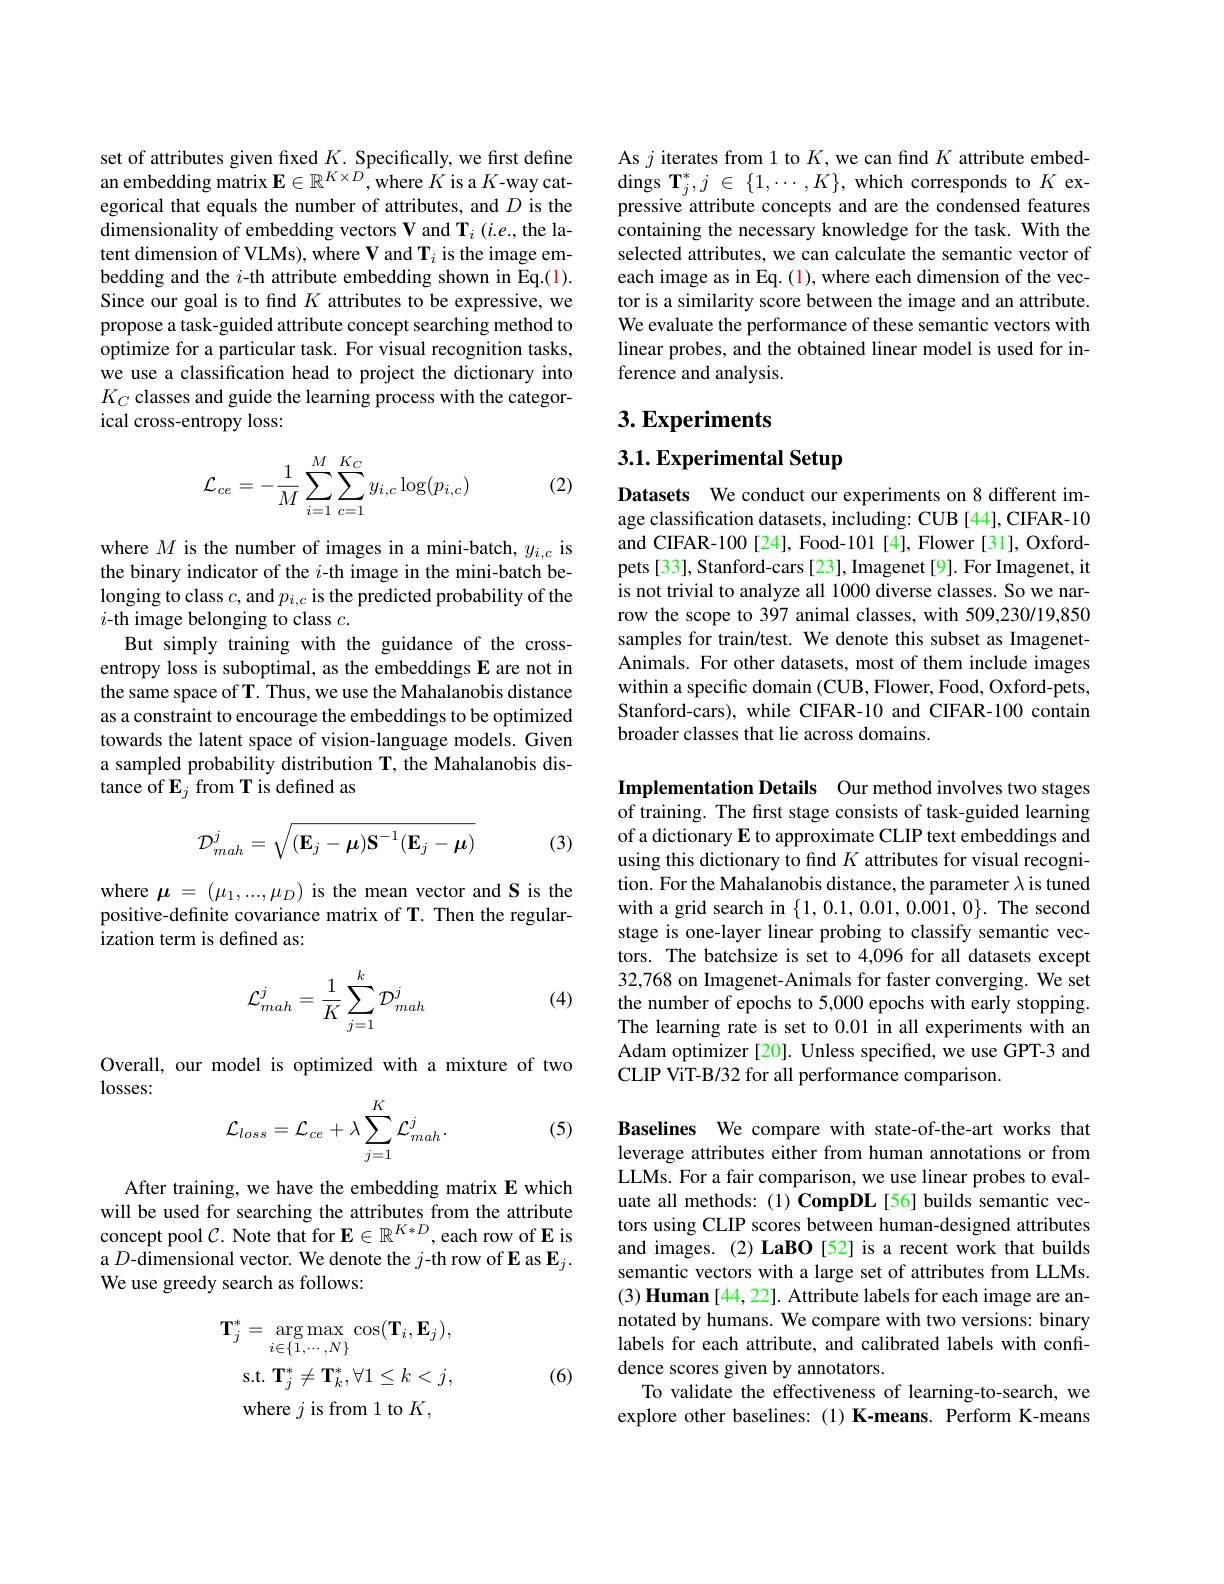
set of attributes given fixed $K.$ Specifically, we first define an embedding matrix $\mathbf{E}\in\mathbb{R}^{K\times D}$,where $K$ is a $K$-way categorical that equals the number of attributes, and $D$ is the dimensionality of embedding vectors V and T$_i$ (i.e., the latent dimension of VLMs), where V and T$_i$ is the image embedding and the $i$-th attribute embedding shown in Eq.(1). Since our goal is to find $K$ attributes to be expressive, we propose a task-guided attribute concept searching method to optimize for a particular task. For visual recognition tasks, we use a classification head to project the dictionary into $K_C$ classes and guide the learning process with the categorical cross-entropy loss:
$$\begin{aligned}\mathcal{L}_{ce}&=-\frac{1}{M}\sum_{i=1}^{M}\sum_{c=1}^{K_{C}}y_{i,c}\log(p_{i,c})\end{aligned}$$
(2)

where $M$ is the number of images in a mini-batch, $y_i,c$ is the binary indicator of the $i$-th image in the mini-batch belonging to class $c$, and $p_i,c$ is the predicted probability of the $i$-th image belonging to class $c.$
But simply training with the guidance of the crossentropy loss is suboptimal, as the embeddings E are not in the same space of T. Thus, we use the Mahalanobis distance as a constraint to encourage the embeddings to be optimized towards the latent space of vision-language models. Given a sampled probability distribution T, the Mahalanobis distance of $\mathbf{E}_j$ from T is defined as
$$\mathcal{D}_{mah}^j=\sqrt{(\mathbf{E}_j-\mu)\mathbf{S}^{-1}(\mathbf{E}_j-\mu)}$$
(3)

where $\boldsymbol\mu=(\mu_1,...,\mu_D)$ is the mean vector and S is the positive-definite covariance matrix of T. Then the regularization term is defined as:

(4)
$$\mathcal{L}_{mah}^j=\frac{1}{K}\sum_{j=1}^k\mathcal{D}_{mah}^j$$
Overall, our model is optimized with a mixture of two
$losses:$
$$\mathcal{L}_{loss}=\mathcal{L}_{ce}+\lambda\sum_{j=1}^{K}\mathcal{L}_{mah}^{j}.$$
(5)

After training, we have the embedding matrix E which will be used for searching the attributes from the attribute concept pool $\mathcal{C}.$ Note that for E$\in\mathbb{R}^K*D$, each row of E is a $D$-dimensional vector. We denote the $j$-th row of E as $\mathbf{E}_j.$ We use greedy search as follows:
$$\mathbf{T}_j^*=\underset{i\in\{1,\cdots,N\}}{\arg\max}\cos(\mathbf{T}_i,\mathbf{E}_j),$$
$$\mathbf{T}_{j}^{*}\neq\mathbf{T}_{k}^{*},\forall1\leq k<j$$
(6)

As $j$ iterates from l to $K$,we can find $K$ attribute embeddings $\mathbf{T}_j^*,j\in\{1,\cdots,K\}$, which corresponds to $K$ expressive attribute concepts and are the condensed features containing the necessary knowledge for the task. With the selected attributes, we can calculate the semantic vector of each image as in Eq. (1), where each dimension of the vector is a similarity score between the image and an attribute. We evaluate the performance of these semantic vectors with linear probes, and the obtained linear model is used for inference and analysis.

# 3. Experiments

3.1. Experimental Setup

Datasets We conduct our experiments on 8 different image classification datasets, including: CUB [44], CIFAR-10 and CIFAR-100[24], Food-101[4], Flower[31], Oxfordpets[33], Stanford-cars[23], Imagenet[9]. For Imagenet, it is not trivial to analyze all 1000 diverse classes. So we narrow the scope to 397 animal classes, with 509,230/19,850 samples for train/test. We denote this subset as ImagenetAnimals. For other datasets, most of them include images within a specific domain (CUB, Flower, Food, Oxford-pets, Stanford-cars), while CIFAR-10 and CIFAR-100 contain broader classes that lie across domains.

Implementation Details Our method involves two stages of training. The first stage consists of task-guided learning of a dictionary E to approximate CLIP text embeddings and using this dictionary to find $K$ attributes for visual recognition. For the Mahalanobis distance, the parameter $\lambda$ is tuned with a grid search in $\{1,0.1,0.01,0.001,0\}.$ The second stage is one-layer linear probing to classify semantic vectors. The batchsize is set to 4,096 for all datasets except 32,768 on Imagenet-Animals for faster converging. We set the number of epochs to 5,000 epochs with early stopping. The learning rate is set to 0.01 in all experiments with an Adam optimizer [20]. Unless specifed, we use GPT-3 and CLIP ViT-B/32 for all performance comparison.

Baselines We compare with state-of-the-art works that leverage attributes either from human annotations or from LLMs. For a fair comparison, we use linear probes to evaluate all methods: (1) CompDL[56] builds semantic vectors using CLIP scores between human-designed attributes and images. (2) LaBO [52] is a recent work that builds semantic vectors with a large set of attributes from LLMs. (3) Human [44, 22]. Attribute labels for each image are annotated by humans. We compare with two versions: binary labels for each attribute, and calibrated labels with confidence scores given by annotators.
To validate the effectiveness of learning-to-search, we explore other baselines:(1) K-means. Perform K-means